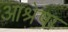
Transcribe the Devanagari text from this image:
आश्रेषा